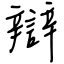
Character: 辯